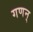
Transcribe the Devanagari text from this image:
गणन्